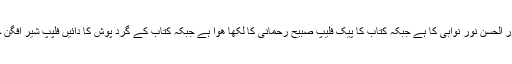
اس کتاب میں پہلا مضمون عباس عدیم قریشی کا ہے اور دوسرا مضمون جناب نور الحسن نور نوابی کا ہے جبکہ کتاب کا پیک فلیپ صبیح رحمانی کا لکھا ھوا ہے جبکہ کتاب کے گرد پوش کا دائیں فلپپ شیر افگن خان جوہر کا تحریر کردہ ہے اور بائیں فلیپ پر مصنف کا تعارف رقم کیا گیا ہے۔